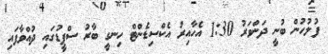
ފުލުހުން ބުނީ ދަންވަރު 1:30 އެހާއިރު އެކްސިޑެންޓް ހިނގީ ބާރު ސްޕީޑުގައި ދުއްވާފައި